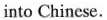
into Chinese.